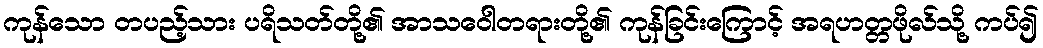
ကုန်သော တပည့်သား ပရိသတ်တို့၏ အာသဝေါတရားတို့၏ ကုန်ခြင်းကြောင့် အရဟတ္တဖိုလ်သို့ ကပ်၍